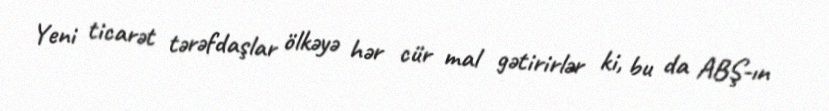
Yeni ticarət tərəfdaşlar ölkəyə hər cür mal gətirirlər ki, bu da ABŞ-ın